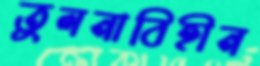
তুলনাবিহীন